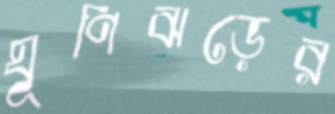
ঘূণিঝড়ের